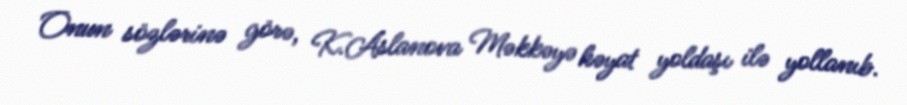
Onun sözlərinə görə, K.Aslanova Məkkəyə həyat yoldaşı ilə yollanıb.